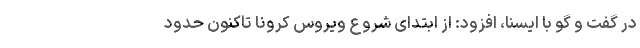
در گفت و گو با ایسنا، افزود: از ابتدای شروع ویروس کرونا تاکنون حدود